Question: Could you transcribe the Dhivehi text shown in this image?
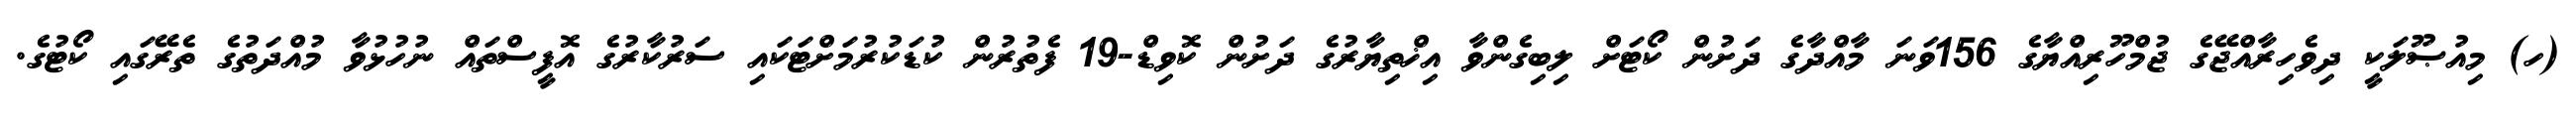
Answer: (ހ) މިއުޞޫލަކީ ދިވެހިރާއްޖޭގެ ޖުމްހޫރިއްޔާގެ 156ވަނަ މާއްދާގެ ދަށުން ކޯޓަށް ލިބިގެންވާ އިޚްތިޔާރުގެ ދަށުން ކޮވިޑް-19 ފެތުރުން ކުޑަކުރުމަށްޓަކައި ސަރުކާރުގެ އޮފީސްތައް ނުހުޅުވާ މުއްދަތުގެ ތެރޭގައި ކޯޓުގެ.